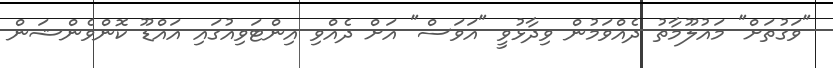
"ވަގުތަށް" މައުލޫމާތު ދެއްވަމުން ވިދާޅުވީ "އަވަސް" އަށް ދެއްވި އިންޓަވިއުގައި އައްޑޫ ކޮންވެންޝަން